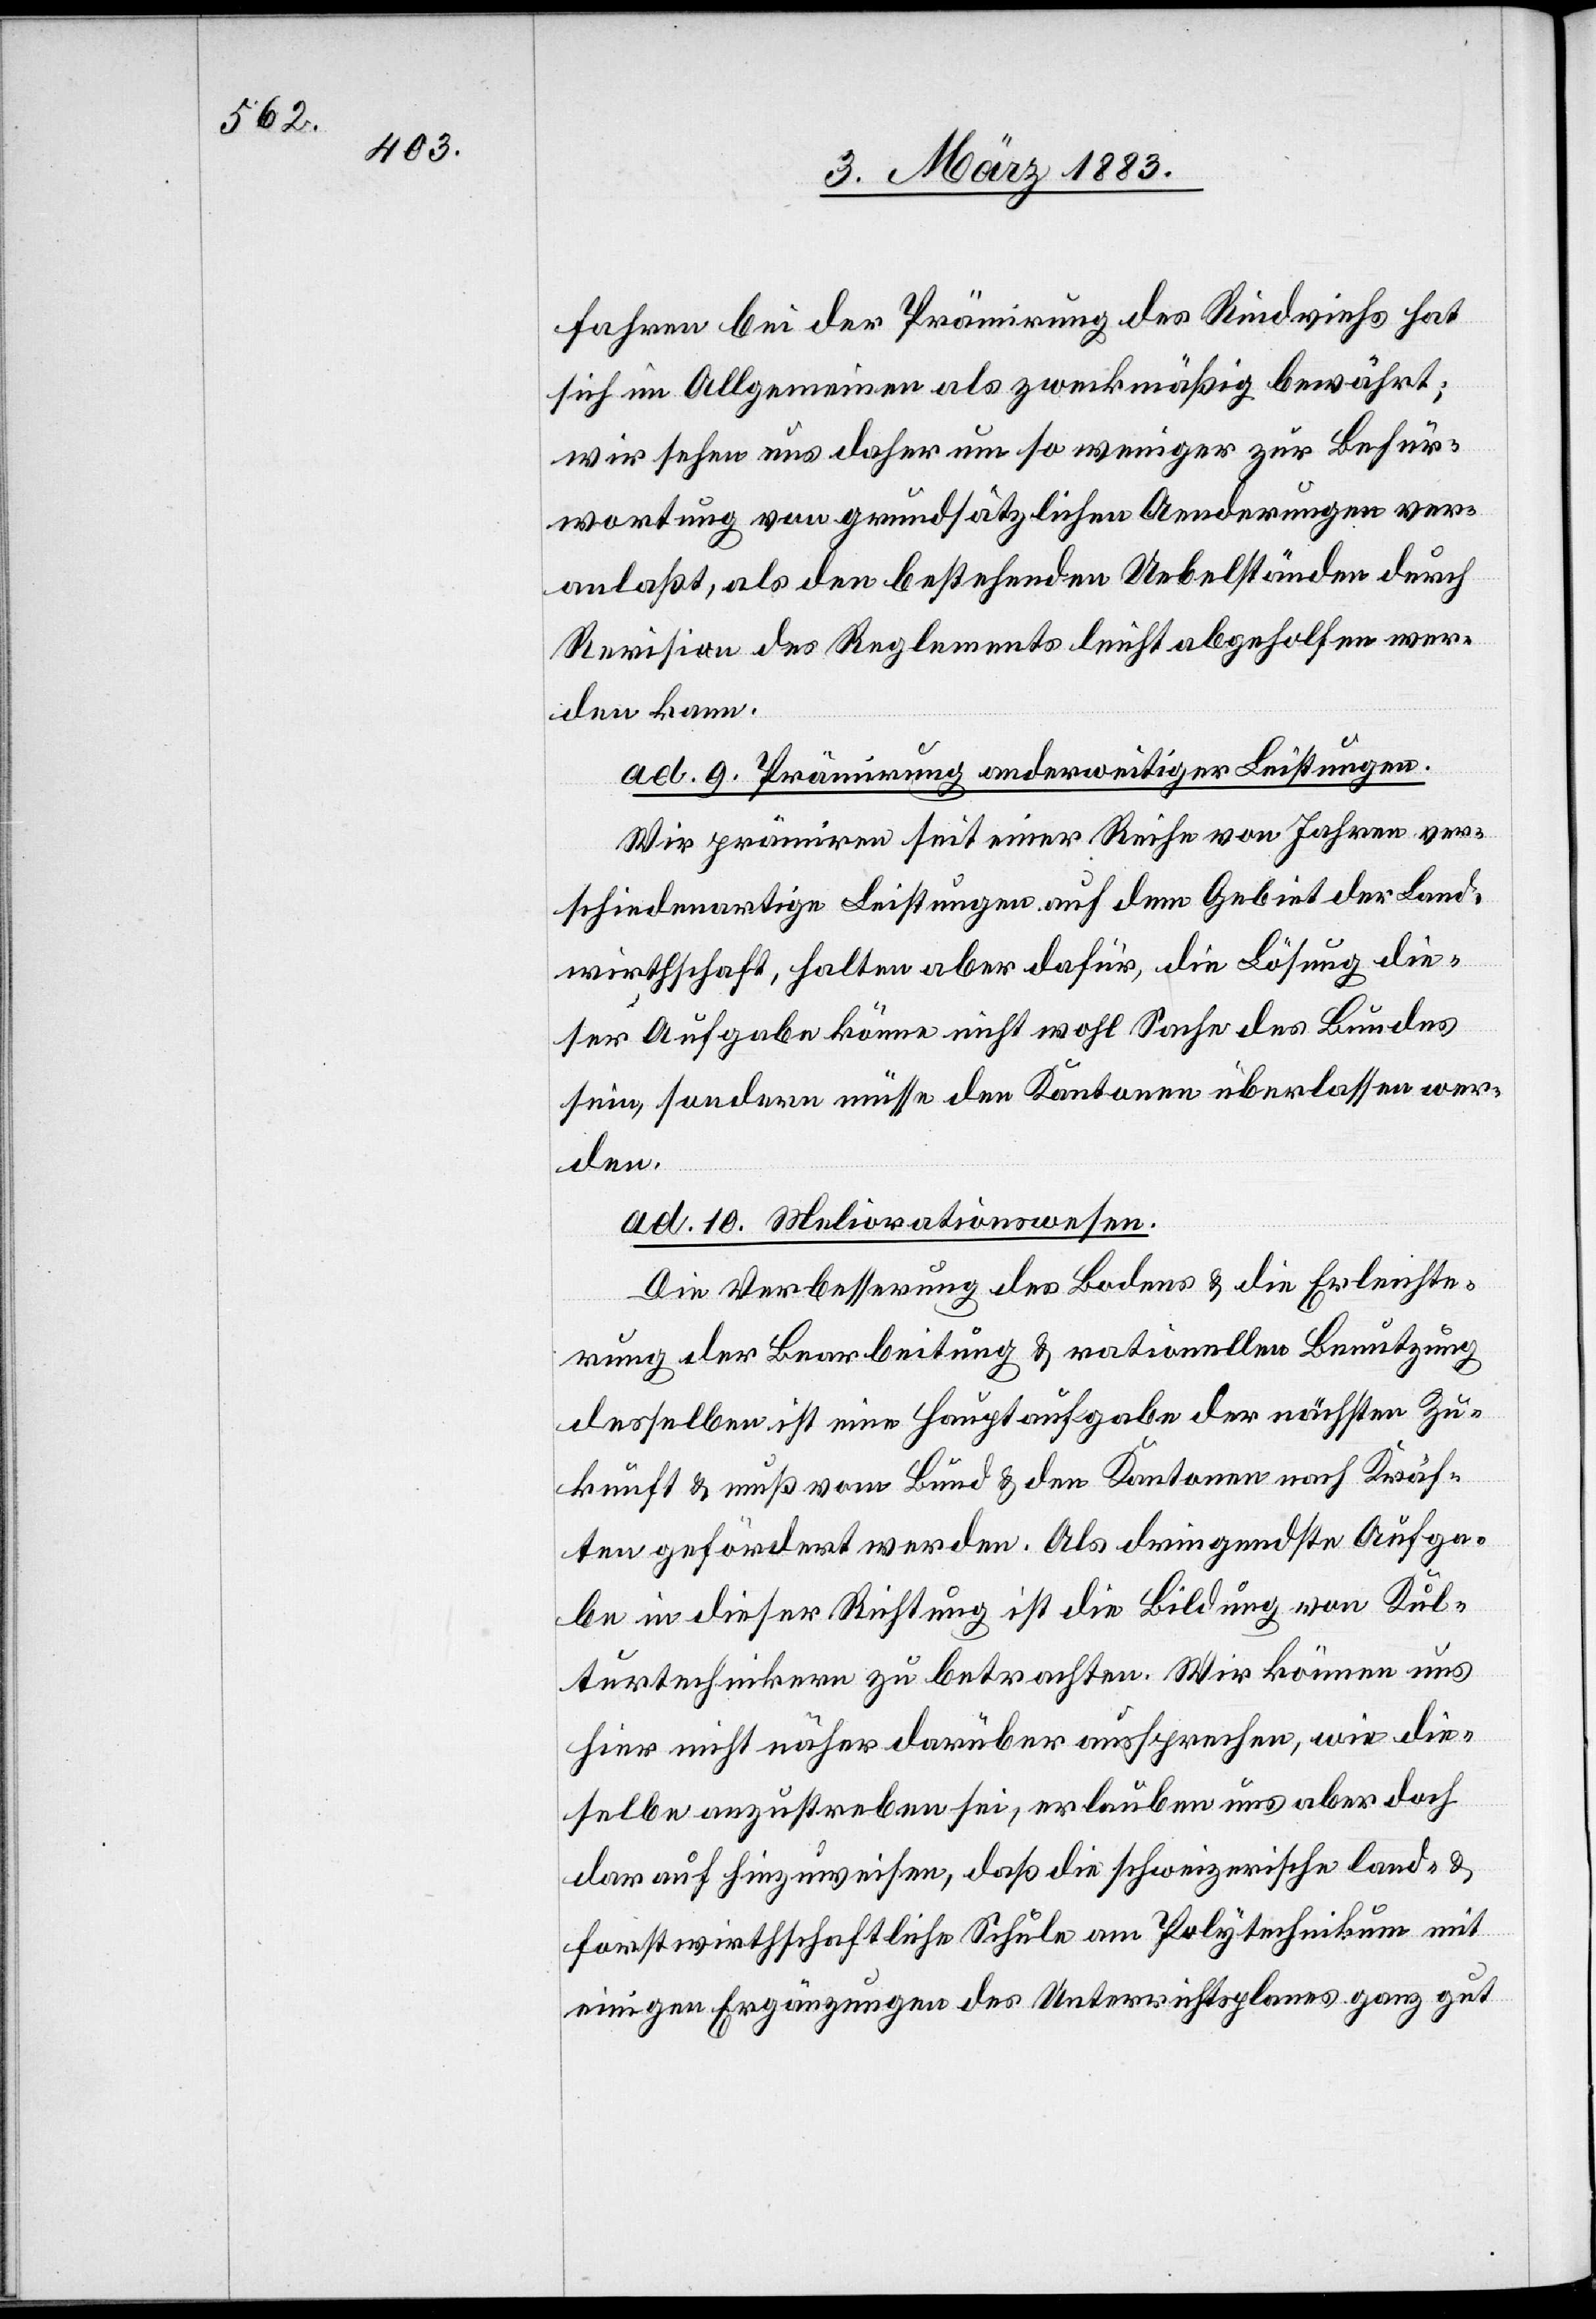
fahren bei der Prämirung des Rindviehs hat
sich im Allgemeinen als zweckmäßig bewährt;
wir sehen uns daher um so weniger zur Befür¬
wortung von grundsätzlichen Aenderungen ver¬
anlaßt, als den bestehenden Uebelständen durch
Revision des Reglements leicht abgeholfen wer¬
den kann.
ad 9. Prämirung anderweitiger Leistungen.
Wir prämiren seit einer Reihe von Jahren ver¬
schiedenartige Leistungen auf dem Gebiet der Land¬
wirthschaft, halten aber dafür, die Lösung die¬
ser Aufgabe könne nicht wohl Sache des Bundes
sein, sondern müsse den Kantonen überlassen wer¬
den.
ad 10. Meliorationswesen.
Die Verbesserung des Bodens & die Erleichte¬
rung der Bearbeitung & rationellen Benutzung
desselben ist eine Hauptaufgabe der nächsten Zu¬
kunft & muß vom Bund & den Kantonen nach Kräf¬
ten gefördert werden. Als dringendste Aufga¬
be in dieser Richtung ist die Bildung von Kul¬
turtechnikern zu betrachten. Wir können uns
hier nicht näher darüber aussprechen, wie die¬
selbe anzustreben sei, erlauben uns aber doch
darauf hinzuweisen, daß die schweizerische land- &
forstwirthschaftliche Schule am Polytechnikum mit
einigen Ergänzungen des Unterrichtsplanes ganz gut